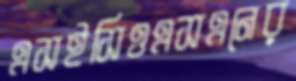
এসইসিওএসএনের